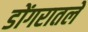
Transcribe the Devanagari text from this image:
डोंगरातले